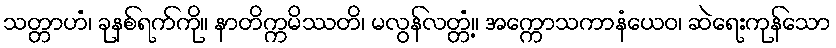
သတ္တာဟံ၊ ခုနစ်ရက်ကို။ နာတိက္ကမိဿတိ၊ မလွန်လတ္တံ့။ အက္ကောသကာနံယေဝ၊ ဆဲရေးကုန်သော